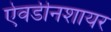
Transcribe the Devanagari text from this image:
ऐवर्डीनशायर